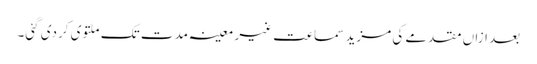
بعد ازاں مقدمے کی مزید سماعت غیر معینہ مدت تک ملتوی کردی گئی۔